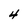
Character: 4